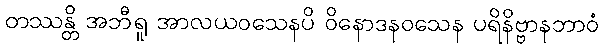
တဿန္တိ အဘီရူ အာလယဝသေနပိ ဝိနောဒနဝသေန ပရိနိဗ္ဗာနဘာဝံ